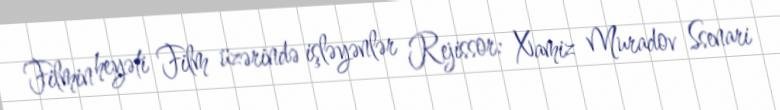
Filmin heyəti Film üzərində işləyənlər Rejissor: Xamiz Muradov Ssenari